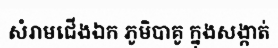
សំរាមជើងឯក ភូមិបាគូ ក្នុងសង្កាត់